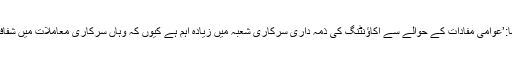
‘انٹرنیشنل فیڈریشن آف اکاؤنٹنٹس کے چیف ایگزیکٹو آفیسر، کیون ڈانسی (Kevin Dancey) نے کہا:’عوامی مفادات کے حوالے سے اکاؤنٹنگ کی ذمہ داری سرکاری شعبہ میں زیادہ اہم ہے کیوں کہ وہاں سرکاری معاملات میں شفافیت اور مؤثر پبلک سروس کی فراہمی کے لیے اعلیٰ معیار کی رپورٹنگ اور بجٹ سازی لازمی ہے۔